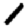
Digit: 1